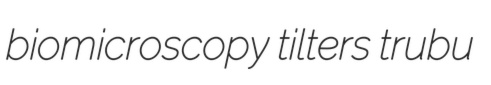
biomicroscopy tilters trubu